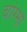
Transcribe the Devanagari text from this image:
चांग्मा